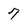
Character: 7